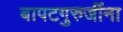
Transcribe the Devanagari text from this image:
बापटगुरुजींना